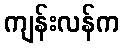
ကျန်းလန်က